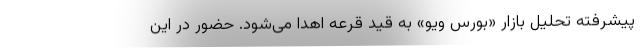
پیشرفته تحلیل بازار «بورس ویو» به قید قرعه اهدا می‌شود. حضور در این